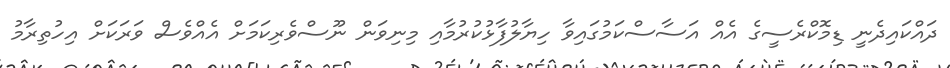
ދައްކައިދެނީ ޑިމޮކްރެސީގެ އެއް އަސާސްކަމުގައިވާ ހިޔާލުފާޅުކުރުމާއި މިނިވަން ނޫސްވެރިކަމަށް އެއްވެސް ވަރަކަށް އިހުތިރާމު